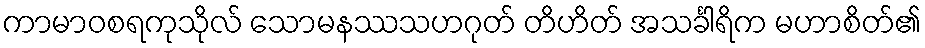
ကာမာဝစရကုသိုလ် သောမနဿသဟဂုတ် တိဟိတ် အသင်္ခါရိက မဟာစိတ်၏